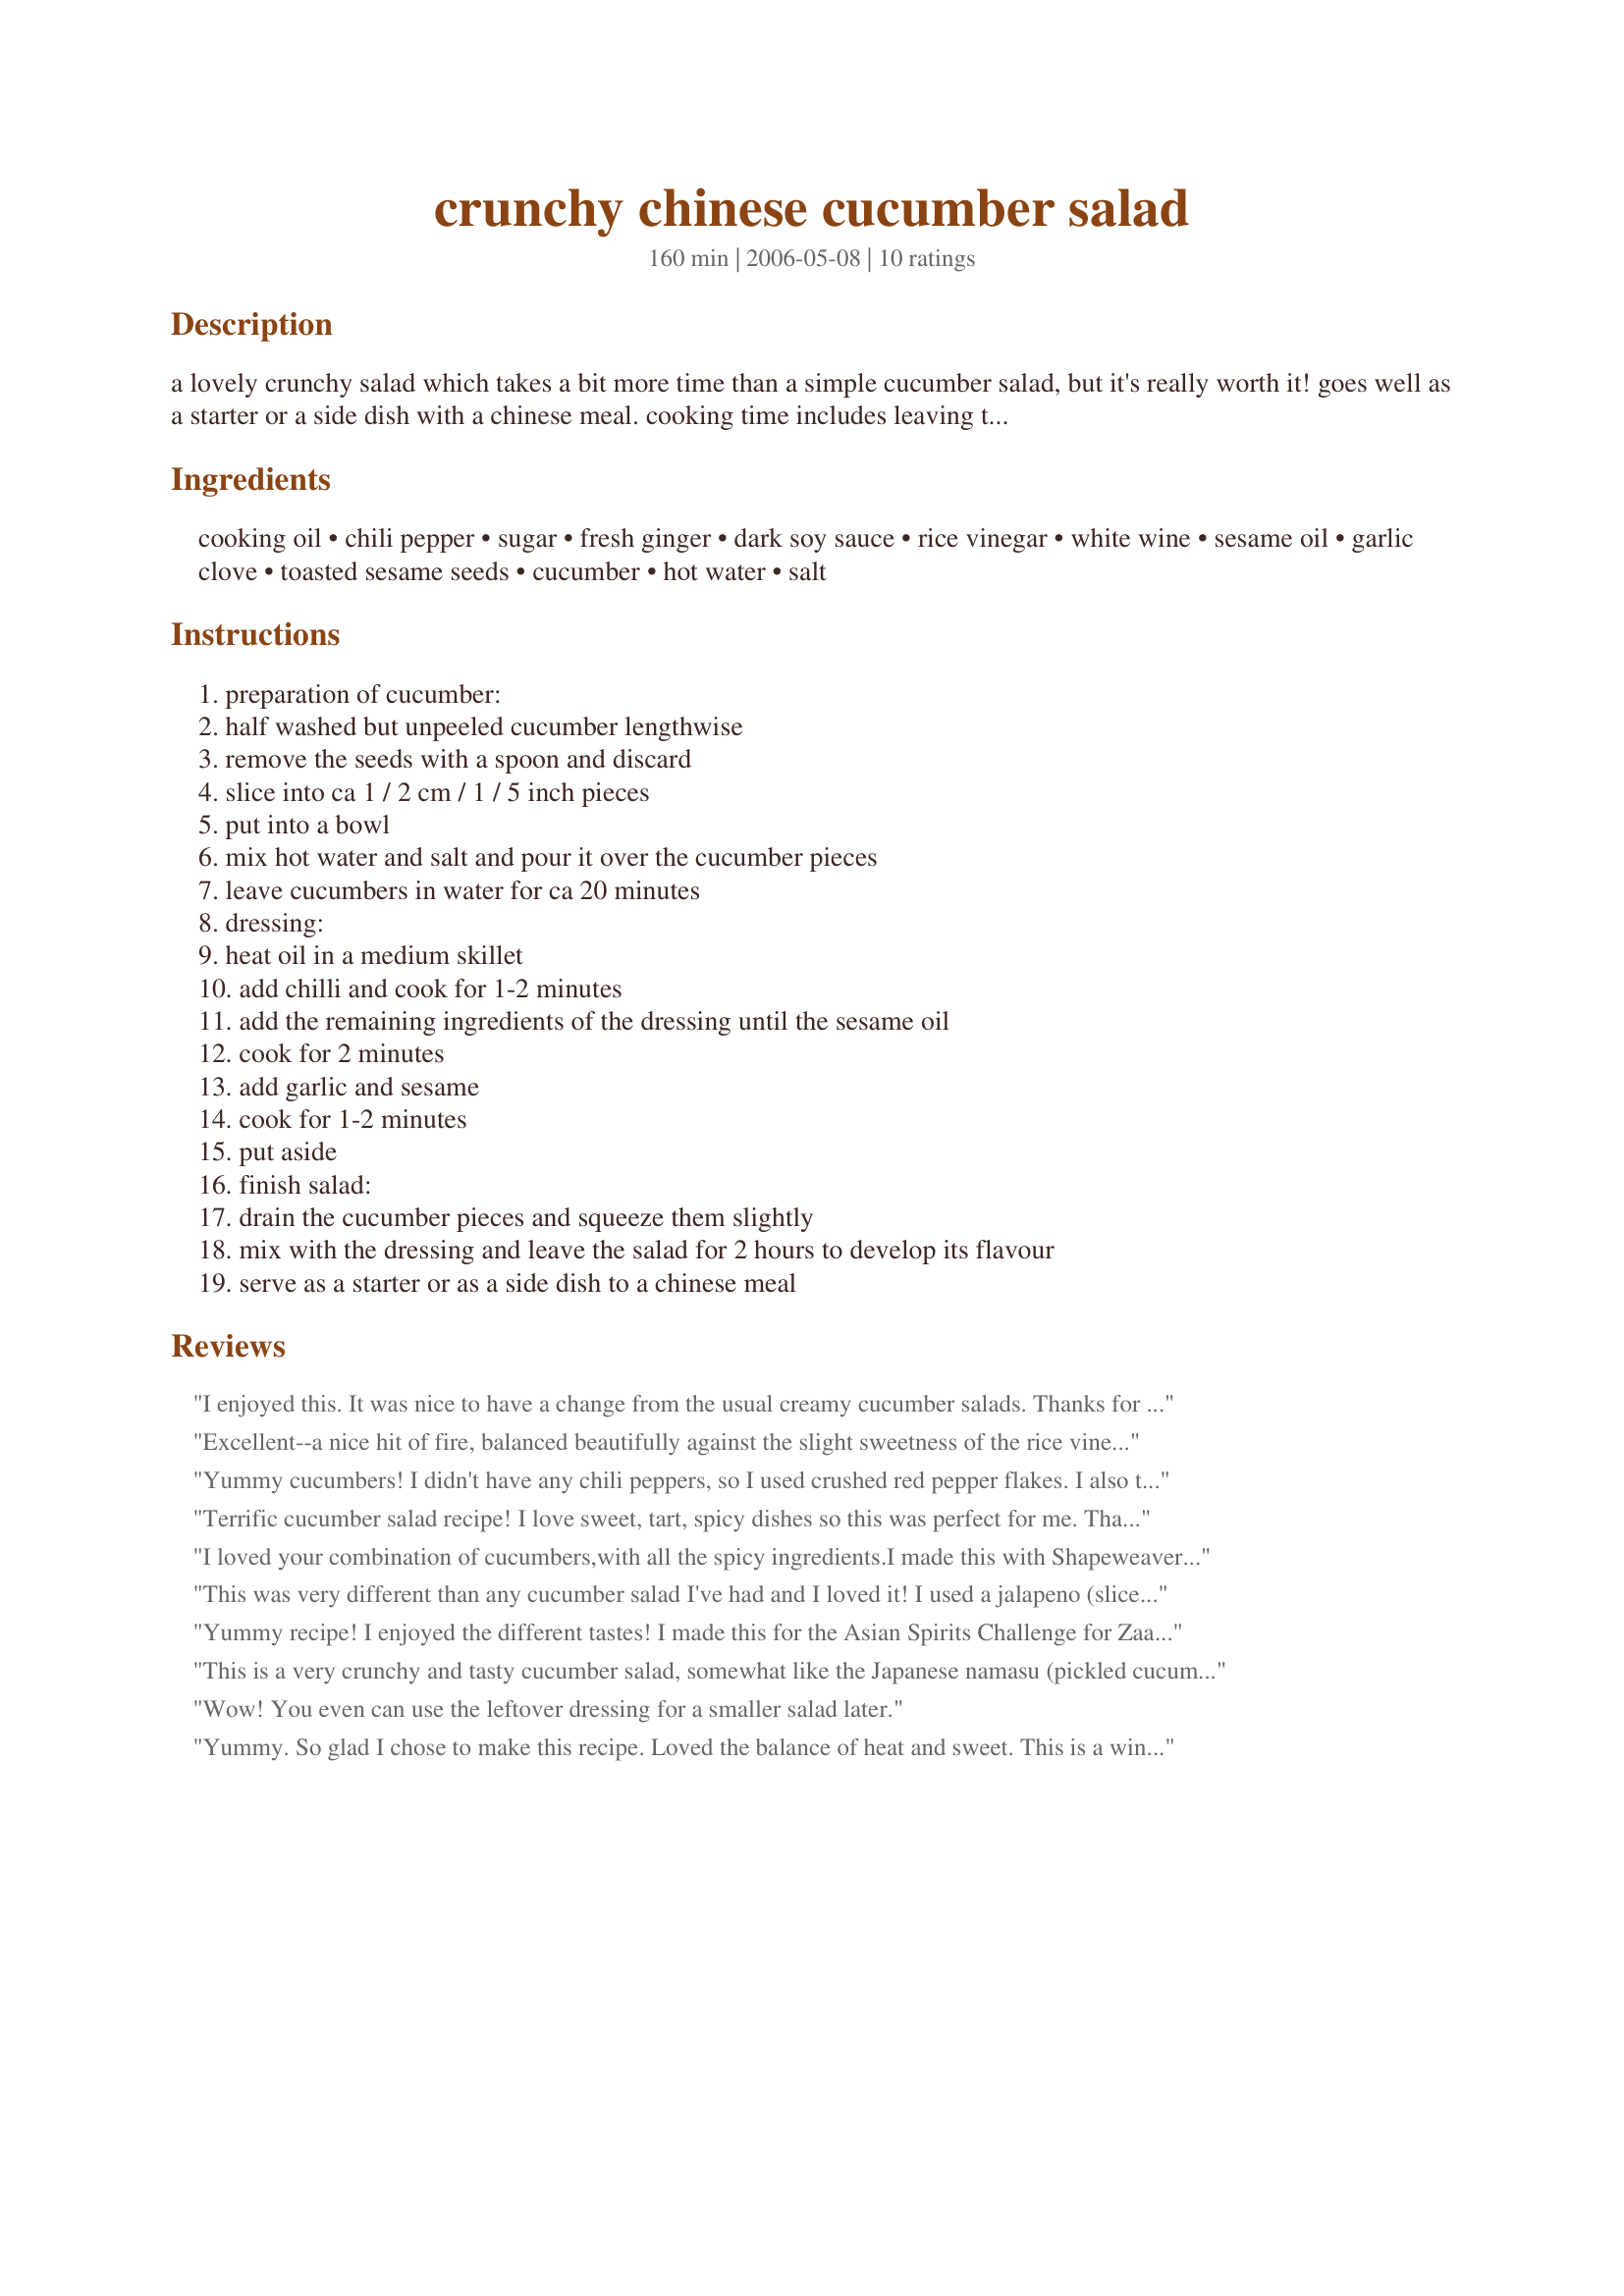
crunchy chinese cucumber salad
Preparation time: 160 minutes

a lovely crunchy salad which takes a bit more time than a simple cucumber salad, but it's really worth it! goes well as a starter or a side dish with a chinese meal. cooking time includes leaving the cucumbers in salted water for 20 minutes and standing time (to develop the flavour of the salad) of 2 hours.

Ingredients:
cooking oil, chili pepper, sugar, fresh ginger, dark soy sauce, rice vinegar, white wine, sesame oil, garlic clove, toasted sesame seeds, cucumber, hot water, salt

Steps:
preparation of cucumber:, half washed but unpeeled cucumber lengthwise, remove the seeds with a spoon and discard, slice into ca 1 / 2 cm / 1 / 5 inch pieces, put into a bowl, mix hot water and salt and pour it over the cucumber pieces, leave cucumbers in water for ca 20 minutes, dressing:, heat oil in a medium skillet, add chilli and cook for 1-2 minutes, add the remaining ingredients of the dressing until the sesame oil, cook for 2 minutes, add garlic and sesame, cook for 1-2 minutes, put aside, finish salad:, drain the cucumber pieces and squeeze them slightly, mix with the dressing and leave the salad for 2 hours to develop its flavour, serve as a starter or as a side dish to a chinese meal

Reviews:
I enjoyed this. It was nice to have a change from the usual creamy cucumber salads. Thanks for posting!
Excellent--a nice hit of fire, balanced beautifully against the slight sweetness of the rice vinegar. Cooking the dressing really does bring out different tones in the dressing than a traditional cold dressing would. Thanks, Duck!
Yummy cucumbers! I didn't have any chili peppers, so I used crushed red pepper flakes. I also topped it off with crushed peanuts. It was a big hit. Thanks for posting!
Terrific cucumber salad recipe! I love sweet, tart, spicy dishes so this was perfect for me. Thanks tigerduck!
I loved your combination of cucumbers,with all the spicy ingredients.I made this with Shapeweavers Asian Pork and noodle bowl.Went very well together.Thank -you for a nice way to eat cucumbers.Thanks!Rose of Sharon
This was very different than any cucumber salad I've had and I loved it! I used a jalapeno (sliced seeds and all) because I always have them on hand. I also used splenda in place of regular sugar. I really enjoyed this...so crunchy and delicious. I thought there were going to be leftovers for me today but db ate them all. I did put the leftover dressing back in the fridge so I can just drizzle it over a salad today. I will make this again.
Yummy recipe! I enjoyed the different tastes! I made this for the Asian Spirits Challenge for Zaar World Tour!
This is a very crunchy and tasty cucumber salad, somewhat like the Japanese namasu (pickled cucumber recipe ). I used Japanese cucumbers and I did not take out the seeds. I cut it into rounds. Also, I didn't have dark rice vinegar and dark shoyu sauce, I used the white Japanese rice vinegar and the regular Japanese shoyu sauce which made it very tasty. Otherwise, I followed the recipe exactly. Enjoyed it!!!
Wow! You even can use the leftover dressing for a smaller salad later.
Yummy. So glad I chose to make this recipe. Loved the balance of heat and sweet. This is a winner.
